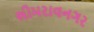
ભીમરાવનગર